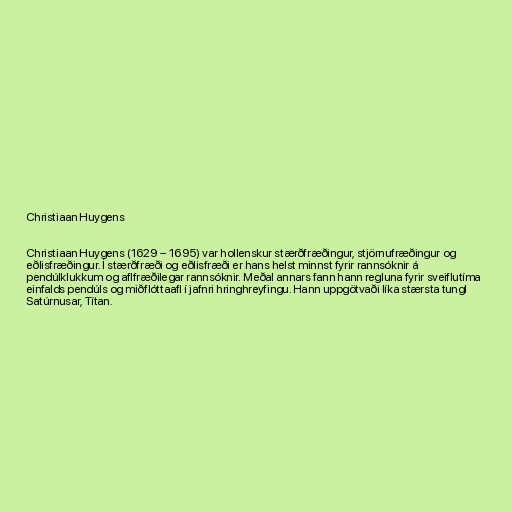
Christiaan Huygens

Christiaan Huygens (1629 – 1695) var hollenskur stærðfræðingur, stjörnufræðingur og
eðlisfræðingur. Í stærðfræði og eðlisfræði er hans helst minnst fyrir rannsóknir á
pendúlklukkum og aflfræðilegar rannsóknir. Meðal annars fann hann regluna fyrir sveiflutíma
einfalds pendúls og miðflóttaafl í jafnri hringhreyfingu. Hann uppgötvaði líka stærsta tungl
Satúrnusar, Títan.